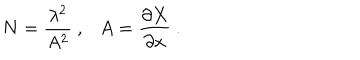
LaTeX: N = \frac { \lambda ^ { 2 } } { A ^ { 2 } } \ , \ \ \ A = \frac { \partial X } { \partial x } \ .